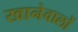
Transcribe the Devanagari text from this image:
खानेवालों